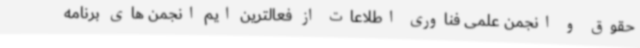
حقوق و انجمن علمی فناوری اطلاعات از فعالترین ایم انجمن های برنامه